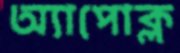
অ্যাপোক্ল